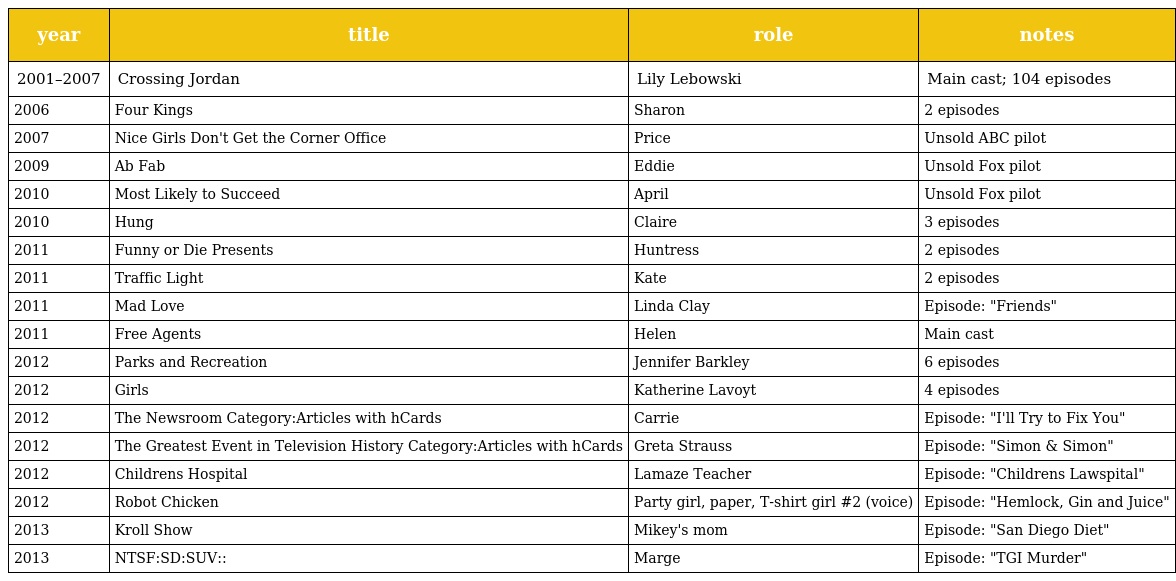
| year | title | role | notes |
 | --- | --- | --- | --- |
 | 2001–2007 | Crossing Jordan | Lily Lebowski | Main cast; 104 episodes |
 | 2006 | Four Kings | Sharon | 2 episodes |
 | 2007 | Nice Girls Don't Get the Corner Office | Price | Unsold ABC pilot |
 | 2009 | Ab Fab | Eddie | Unsold Fox pilot |
 | 2010 | Most Likely to Succeed | April | Unsold Fox pilot |
 | 2010 | Hung | Claire | 3 episodes |
 | 2011 | Funny or Die Presents | Huntress | 2 episodes |
 | 2011 | Traffic Light | Kate | 2 episodes |
 | 2011 | Mad Love | Linda Clay | Episode: "Friends" |
 | 2011 | Free Agents | Helen | Main cast |
 | 2012 | Parks and Recreation | Jennifer Barkley | 6 episodes |
 | 2012 | Girls | Katherine Lavoyt | 4 episodes |
 | 2012 | The Newsroom Category:Articles with hCards | Carrie | Episode: "I'll Try to Fix You" |
 | 2012 | The Greatest Event in Television History Category:Articles with hCards | Greta Strauss | Episode: "Simon & Simon" |
 | 2012 | Childrens Hospital | Lamaze Teacher | Episode: "Childrens Lawspital" |
 | 2012 | Robot Chicken | Party girl, paper, T-shirt girl #2 (voice) | Episode: "Hemlock, Gin and Juice" |
 | 2013 | Kroll Show | Mikey's mom | Episode: "San Diego Diet" |
 | 2013 | NTSF:SD:SUV:: | Marge | Episode: "TGI Murder" |